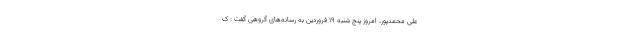
علی محمدپور، امروز پنج شنبه ۱۹ فروردین به رسانه‌های گروهی گفت : ک